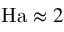
\mathrm { H a } \approx 2